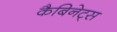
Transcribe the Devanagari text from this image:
कैबिनेट्स